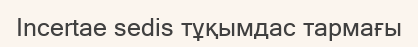
Incertae sedis тұқымдас тармағы